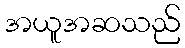
အယူအဆသည်